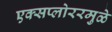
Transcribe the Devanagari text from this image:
एक्सप्लोररमुळे